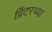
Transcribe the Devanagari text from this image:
प्रिंटरच्या